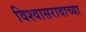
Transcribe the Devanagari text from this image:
विश्वासरावाच्या